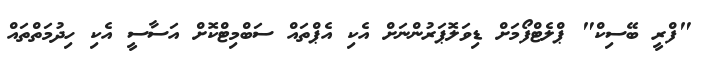
"ފްރީ ބޭސިކް" ޕްލެޓްފޯމަށް ޑިވަލޮޕަރުންނަށް އެކި އެޕްތައް ސަބްމިޓްކޮށް އަސާސީ އެކި ހިދުމަތްތައް